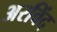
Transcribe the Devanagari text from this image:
अरविंद